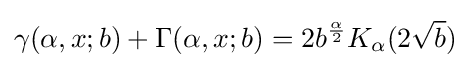
\gamma (\alpha ,x;b)+\Gamma (\alpha ,x;b)=2b^{\frac {\alpha }{2}}K_{\alpha }(2{\sqrt {b}})